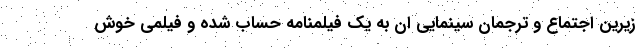
زیرین اجتماع و ترجمان سینمایی ان به یک فیلمنامه حساب شده و فیلمی خوش